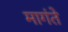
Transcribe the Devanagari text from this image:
मागंते